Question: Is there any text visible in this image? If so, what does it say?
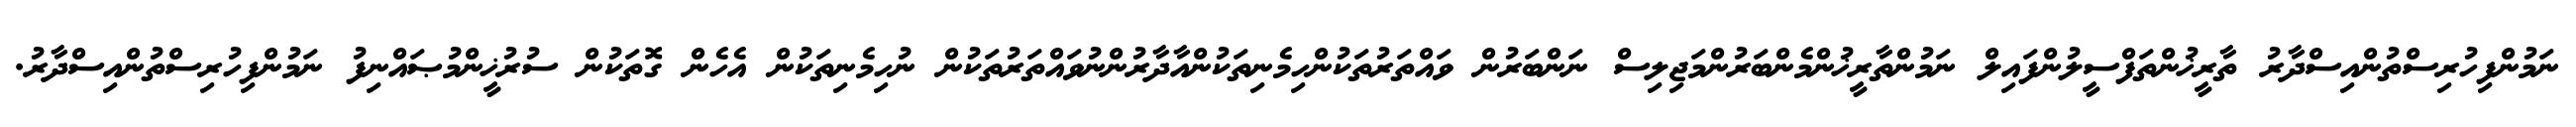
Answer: ނަމުންފިހުރިސްތުންއިސްދާރު ތާރީޚުންތަފްސީލުންފައިލް ނަމުންތާރީޚުންމެންބަރުންމަޖިލިސް ނަންބަރުން ވައްތަރުތަކުންހިމެނިތަކުންއާދާރުންނުވައްތަރުތަކުން ނުހިމެނިތަކުން އެހެން ގޮތަކުން ސުރުޚީންމުޞައްނިފު ނަމުންފިހުރިސްތުންއިސްދާރު.